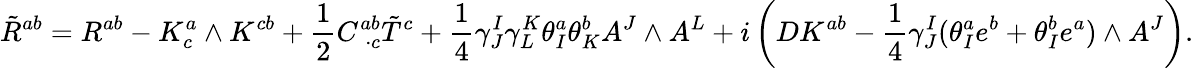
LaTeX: \tilde{R}^{ab}=R^{ab}-K_{c}^{a}\wedge K^{cb}+\frac{1}{2}C_{\; \cdot c}^{ab}\tilde{T}^{c}+\frac{1}{4}\gamma_{J}^{I}\gamma_{L}^{K}\theta_{I}^{a}\theta_{K}^{b}A^{J}\wedge A^{L}+i\left(DK^{ab}-\frac{1}{4}\gamma_{J}^{I}(\theta_{I}^{a}e^{b}+\theta_{I}^{b}e^{a})\wedge A^{J}\right).